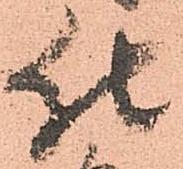
仕